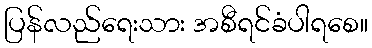
ပြန်လည်ရေးသား အစီရင်ခံပါရစေ။